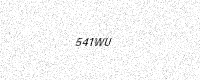
Text: 541WU